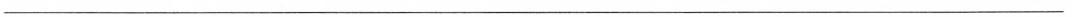
___